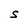
Character: S